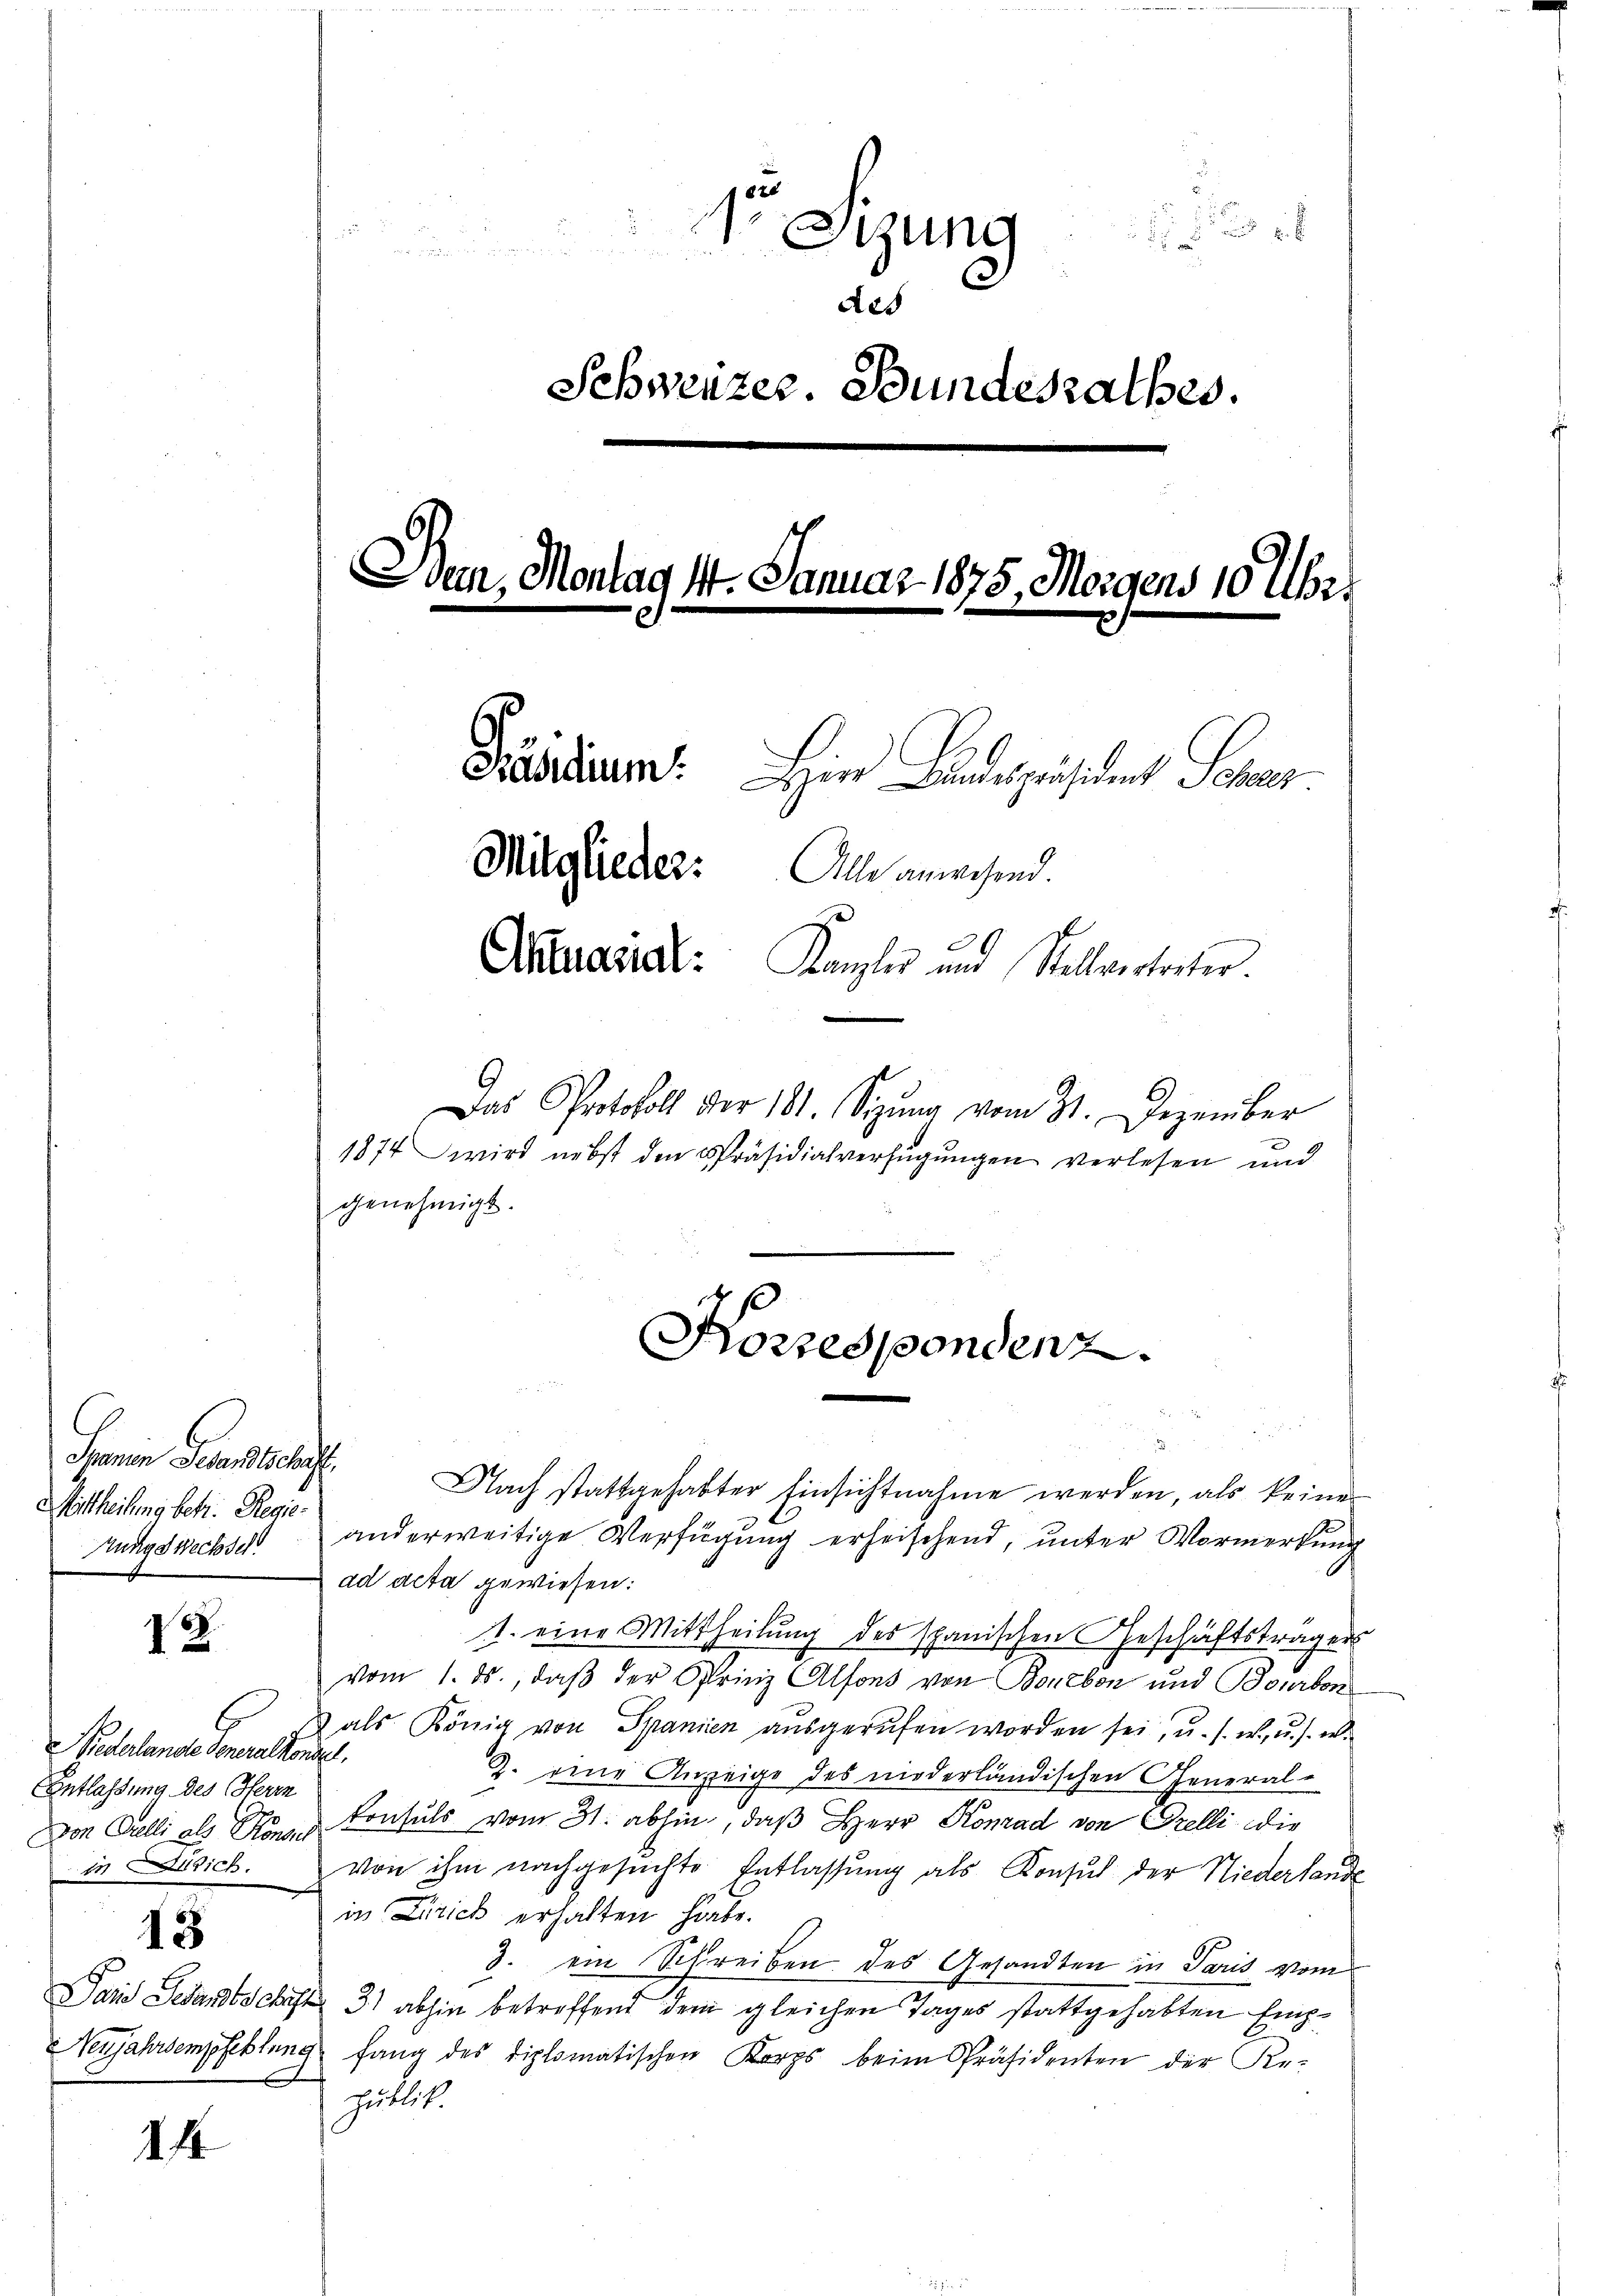
Saanen Gesandtschaft.
Mittheilung betr. Regie¬
Nungswechsel

13.

iederlande Generalkondel.
Entlassung des Herrn
in ich.

15

14

6

1r Sitzung
r

.
Aes
Schweizer. Bundesrathes.
Eden, Montag 4. Januar 1875 Morgens 10 Uhr
Präsidium. Heine Kindespräsident Scher
Mitglieder: Alle anwesend.
Ahanasial: Kanzler und Stellvertreter.

Das Protokoll der 181. Sitzung vom 31. Dezember
1874 wird nebst den Präsidialverfügungen verlesen und
genehmigt.

u
Nach stattgehabter Einsichtnahme werden, als keine
anderweitige Verfügung erheischend, unter Vormerkung
ad acta gewiesen:
1. eine Mittheilung des spanischen Geschäftsträgers
vom 1. ds., daß der Sprinz Alfons von Bonbon und Bourbon
& als König von Spanien ausgerufen worden sei, u. s. w. u. s. w.
2. eine Anzeige des niederländischen General-
Von Grelli als Kons. Konsuls vom 31. abhin, daß Herr Konrad von Grelli die
von ihm nachgesuchte Entlassung als Konsul der Niederlande
in Zürich erhalten habe.
3. ein Schreiben des Gesandten in Paris vom
Paris Gesandtschaft 31 abhin betroffend dem gleichen Tages stattgehabten Emp¬
Neujahrsempfehlung fang des diplomatischen Korps beim Präsidenten der Re-
publik.

(
Forrespondenz.